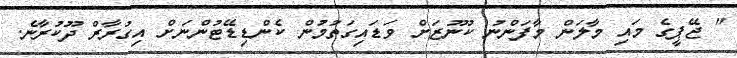
" ޖޭޕީގެ މައި މާލަން މާފަންނު ކުނޫޒަށް ވަޑައިގަތުމުން ކެންޑިޑޭޓުންނަށް އިގުރާރް ދޫކުރާނެ.